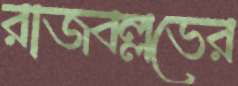
রাজবল্লভের